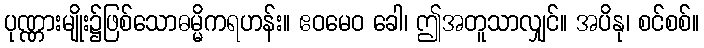
ပုဏ္ဏားမျိုး၌ဖြစ်သောဓမ္မိကရဟန်း။ ဧဝမေဝ ခေါ၊ ဤအတူသာလျှင်။ အပိနု၊ စင်စစ်။